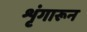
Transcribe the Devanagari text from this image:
शृंगारून